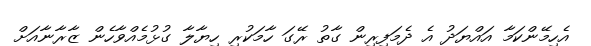
އެހިމޭންކަމާ އައްޔަދު އެ ދެމަފިރިން ގާތު ރޭގަ ހާމަކުރި ހިޔާލާ ގުޅުމެއްވާހެން ޒާރާނާއަށް